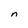
Character: n